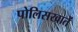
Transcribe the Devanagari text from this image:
पोलिसखातें